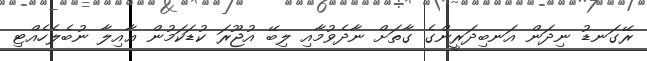
ރޭގަނޑު ނިދަން އަނބިދަރީންގެ ގާތަށް ނާދެވުމާއި ލިބޭ އުޖޫރަ ކުޑަކަމުން ޢާއިލާ ނުބެލެހެއްޓި